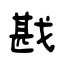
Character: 戡